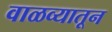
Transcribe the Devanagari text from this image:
वाळव्यातून